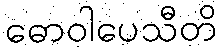
ဓောဝါပေသီတိ